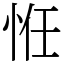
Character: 㤛